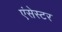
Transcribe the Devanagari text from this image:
एंसेस्टर